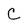
Character: C